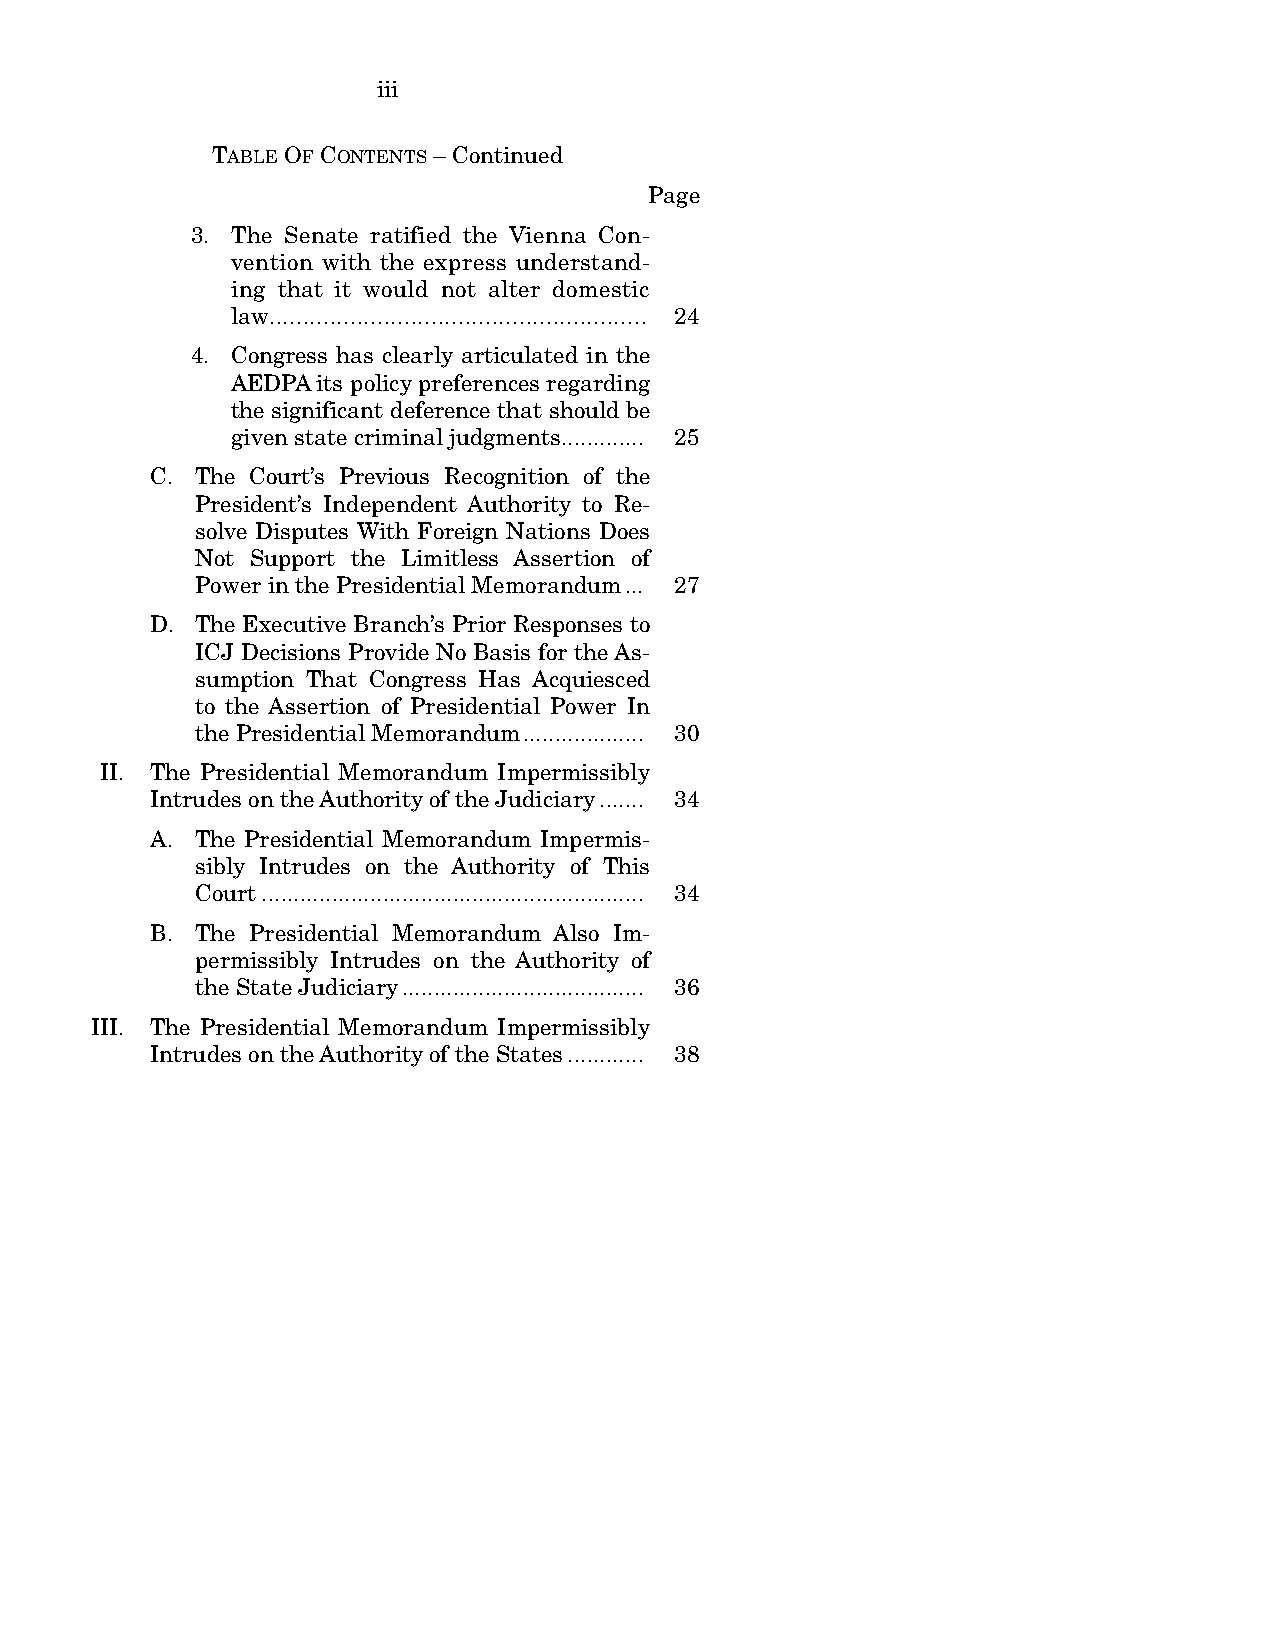
iii
 TABLE OF CONTENTS – Continued
 Page
 3. The Senate ratified the Vienna Con-
 vention with the express understand-
 ing that it would not alter domestic
 law........................................................ 24
 4. Congress has clearly articulated in the
 AEDPA its policy preferences regarding
 the significant deference that should be
 given state criminal judgments............. 25
 C. The Court’s Previous Recognition of the
 President’s Independent Authority to Re-
 solve Disputes With Foreign Nations Does
 Not Support the Limitless Assertion of
 Power in the Presidential Memorandum... 27
 D. The Executive Branch’s Prior Responses to
 ICJ Decisions Provide No Basis for the As-
 sumption That Congress Has Acquiesced
 to the Assertion of Presidential Power In
 the Presidential Memorandum................... 30
 II. The Presidential Memorandum Impermissibly
 Intrudes on the Authority of the Judiciary....... 34
 A. The Presidential Memorandum Impermis-
 sibly Intrudes on the Authority of This
 Court............................................................ 34
 B. The Presidential Memorandum Also Im-
 permissibly Intrudes on the Authority of
 the State Judiciary...................................... 36
 III. The Presidential Memorandum Impermissibly
 Intrudes on the Authority of the States............ 38